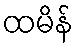
ထမိန်